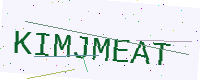
Text: KIMJMEAT